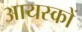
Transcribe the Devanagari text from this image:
आयस्कों